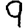
Digit: 9